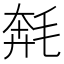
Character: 𣮡